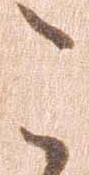
こ